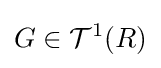
G\in {\mathcal {T}}^{1}(R)